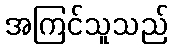
အကြင်သူသည်